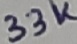
Text: 33K